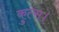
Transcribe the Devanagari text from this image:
कुत्स।